Leaving Certificate Examination (including Day School Certificate (Higher) General paper), 1930
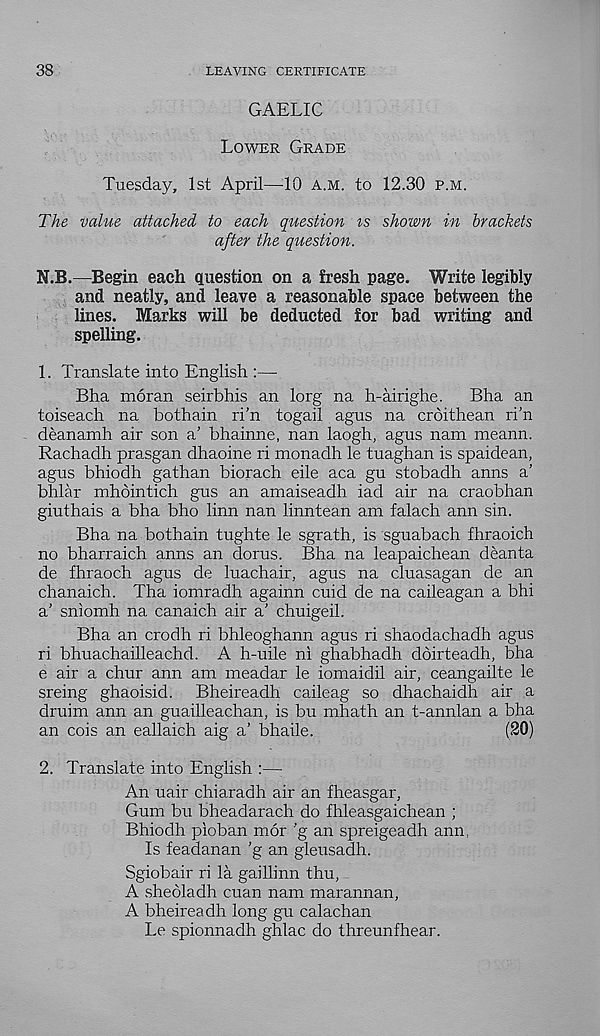
38
LEAVING CERTIFICATE
GAELIC
Lower Grade
Tuesday, 1st April—-10 a.m. to 12.30 p.m.
The value attached to each question is shown in brackets
after the question.
N.B.—Begin each question on a fresh page. Write legibly
and neatly, and leave a reasonable space between the
lines. Marks will be deducted for bad writing and
spelling.
1. Translate into English :—
Bha moran seirbhis an lorg na h-airighe.
Bha an
toiseach na bothain ri’n togail agus na croithean ri’n
deanamh air son a’ bhainne, nan laogh, agus nam meann.
Rachadh prasgan dhaoine ri monadh le tuaghan is spaidean,
agus bhiodh gathan biorach eile aca gu stobadh anns a’
bhlar mhointich gus an amaiseadh iad air na craobhan
giuthais a bha bho linn nan linntean am falach ann sin.
Bha na bothain tughte le sgrath, is sguabach fhraoich
no bharraich anns an dorus. Bha na leapaichean deanta
de fhraoch agus de luachair, agus na cluasagan de an
chanaich. Tha iomradh againn cuid de na caileagan a bhi
a’ sniomh na canaich air a' chuigeil.
Bha an crodh ri bhleoghann agus ri shaodachadh agus
ri bhuachailleachd. A h-uile ni ghabhadh doirteadh, bha
e air a chur ann am meadar le iomaidil air, ceangailte le
sreing ghaoisid. Bheireadh caileag so dhachaidh air a
druim ann an guailleachan, is bu mhath an t-annlan a bha
an cois an eallaich aig a’ bhaile.
(20)
2. Translate into English :— :
An uair chiaradh air an fheasgar,
Gum bu bheadarach do fhleasgaichean ;
Bhiodh pioban mor ’g an spreigeadh ann,
Is feadanan ’g an gleusadh.
Sgiobair ri la gaillinn thu,
A sheoladh cuan nam marannan,
A bheireadh long gu calachan
Le spionnadh ghlac do threunfhear.